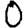
Digit: 0